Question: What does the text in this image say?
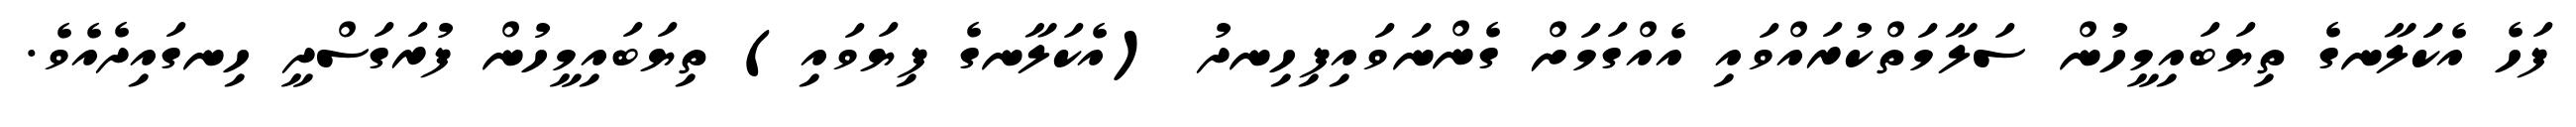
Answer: ފަހެ އެކަަލާނގެ ތިޔަބައިމީހުން ސަލާމަތްކުރައްވައި އެއްގަމަށް ގެންނަވައިފިހިނދު (އެކަލާނގެ ފިޔަވައި) ތިޔަބައިމީހުން ފުރަގަސްދީ ހިނގައިދެއެވެ.